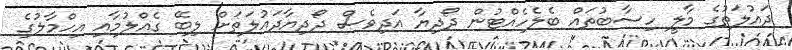
ދައުލަތުގެ މާލީ ހިސާބުތައް ބެލެހެއްޓުން ދޯދިޔާ އަދިވެސް ދޯދިޔާދައުލަތަށް ލިބޭ ގެއްލުމާއި އިހްމާލުގެ